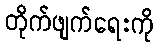
တိုက်ဖျက်ရေးကို